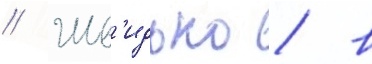
// Шв'идько / в